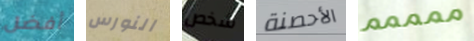
أفضل النورس شخص الأحصنة ممممم